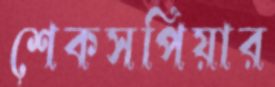
শেকসপিয়ার